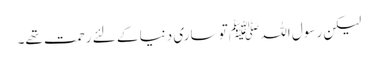
لیکن رسول اللہ ﷺ تو ساری دنیا کے لئے رحمت تھے۔